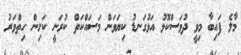
މާލެ ފައިބާ މިވީ ދުވަސްކޮޅު އަޅުގަނޑު ކިޔަވަން މަސައްކަތް ކުރަނީ ކަށިން ހިތްވަރު